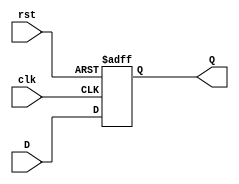
`timescale 1ns / 1ps
/*******************************************************************
*
* Module: DFlipFlop.v
* Project: femtoRV32
* Description: D flip-flop with asynchronous reset.
*
**********************************************************************/


module DFlipFlop(input clk, input rst, input D, output reg Q);
    always @ (posedge clk or posedge rst)
        if (rst) begin
            Q <= 1'b0;
        end else begin
            Q <= D;
        end
endmodule